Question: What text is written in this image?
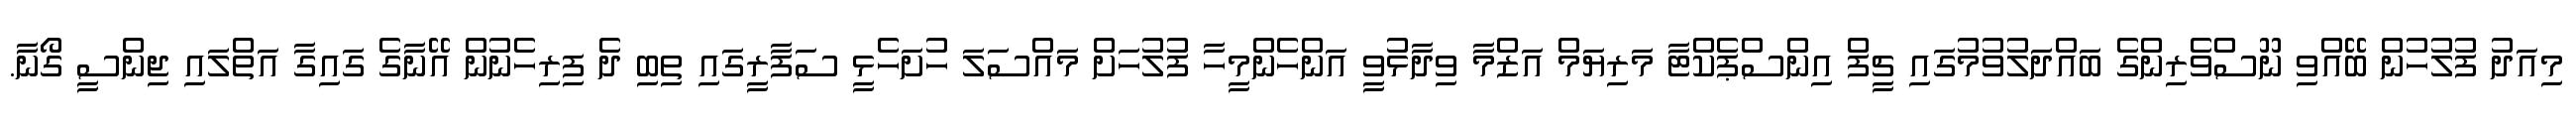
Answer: މިއަދު ފުލުހުން ބޭއްވި ނޫސްވެރިންގެ ބައްދަލުވުމުގައި ޗީފް އިންސްޕެކްޓާ މަރިޔަމް އަޒްމާ ވިދާޅުވީ އަންހެންމީހާ ފުލުހަށް މައްސަލަ ހުށަހެޅީ ސަފާރީގައި ތިބި ދެ ފިރިހެނުން އޭނާގެ ގައިގާ އަތްލައި ޖިންސީ ގޯނާ.